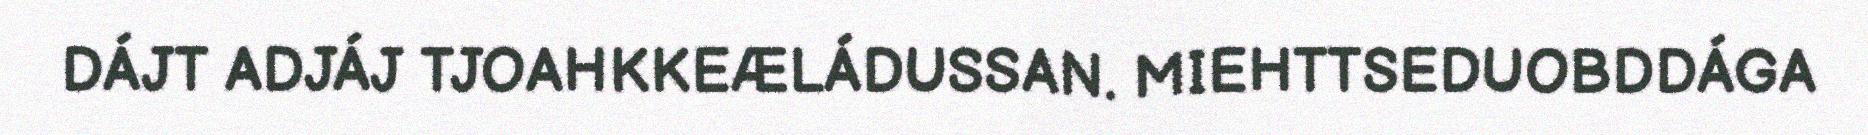
DÁJT ADJÁJ TJOAHKKEÆLÁDUSSAN. MIEHTTSEDUOBDDÁGA